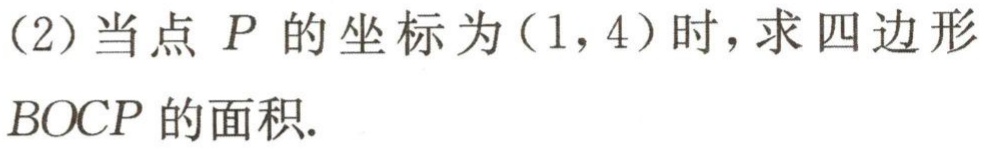
(2)当点\(P\)的坐标为\((1,4)\)时，求四边形\(BOCP\)的面积.